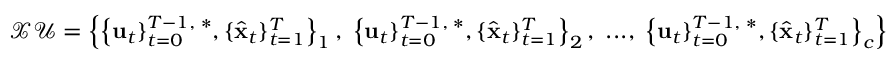
\mathcal { X U } = \left\{ \left\{ \mathbf { u } _ { t } \} _ { t = 0 } ^ { T - 1 , \; * } , \{ \hat { \mathbf { x } } _ { t } \} _ { t = 1 } ^ { T } \right\} _ { 1 } , \; \left\{ \mathbf { u } _ { t } \} _ { t = 0 } ^ { T - 1 , \; * } , \{ \hat { \mathbf { x } } _ { t } \} _ { t = 1 } ^ { T } \right\} _ { 2 } , \; . . . , \; \left\{ \mathbf { u } _ { t } \} _ { t = 0 } ^ { T - 1 , \; * } , \{ \hat { \mathbf { x } } _ { t } \} _ { t = 1 } ^ { T } \right\} _ { c } \right\}